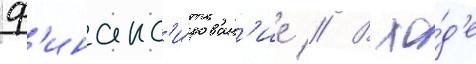
ф'инанс'и́рован'ие // В хо́д'е